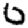
Digit: 0